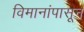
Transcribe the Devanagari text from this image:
विमानांपासून